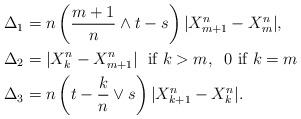
LaTeX: \begin{align*}\Delta_1 &= n\left(\frac{m+1}{n} \wedge t - s \right) |X^n_{m+1} - X^n_m|, \\\Delta_2 &= |X^n_k - X^n_{m+1}| \; \textnormal{ if $k > m$}, \; \; 0 \textnormal{ if $k= m$} \\\Delta_3 &= n\left(t-\frac{k}{n}\vee s\right)|X^n_{k+1} - X^n_k|.\end{align*}